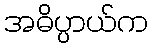
အဓိပ္ပာယ်က